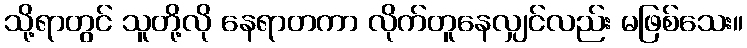
သို့ရာတွင် သူတို့လို နေရာတကာ လိုက်တူနေလျှင်လည်း မဖြစ်သေး။